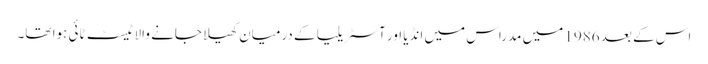
اس کے بعد 1986 میں مدراس میں انڈیا اور آسٹریلیا کے درمیان کھیلا جانے والا ٹیسٹ ٹائی ہوا تھا۔